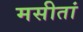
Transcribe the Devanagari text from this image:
मसीतां